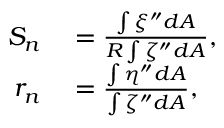
\begin{array} { r l } { S _ { n } } & { { } = \frac { \int { \xi ^ { \dprime } d A } } { R \int { \zeta ^ { \dprime } d A } } , } \\ { r _ { n } } & { { } = \frac { \int { \eta ^ { \dprime } d A } } { \int { \zeta ^ { \dprime } d A } } , } \end{array}